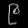
Digit: ၉